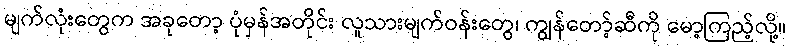
မျက်လုံးတွေက အခုတော့ ပုံမှန်အတိုင်း လူသားမျက်ဝန်းတွေ၊ ကျွန်တော့်ဆီကို မော့ကြည့်လို့။